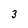
Character: 3